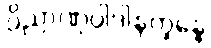
ဝိညာဏုပါဒါနက္ခန္ဓေ